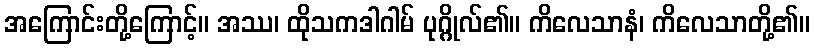
အကြောင်းတို့ကြောင့်။ အဿ၊ ထိုသကဒါဂါမ် ပုဂ္ဂိုလ်၏။ ကိလေသာနံ၊ ကိလေသာတို့၏။